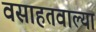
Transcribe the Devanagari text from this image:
वसाहतवाल्या